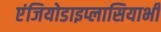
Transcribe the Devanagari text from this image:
एंजियोडाइप्लासियाभी